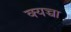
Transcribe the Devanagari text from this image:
क्यच्चा